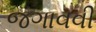
જગાવવી